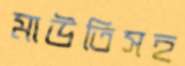
মাউতিসহ